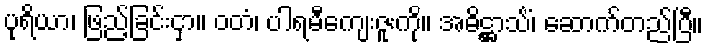
ပုရိယာ၊ ဖြည့်ခြင်းငှာ။ ဝတံ၊ ပါရမီကျေးဇူးကို။ အဓိဋ္ဌာသိံ၊ ဆောက်တည်ပြီ။